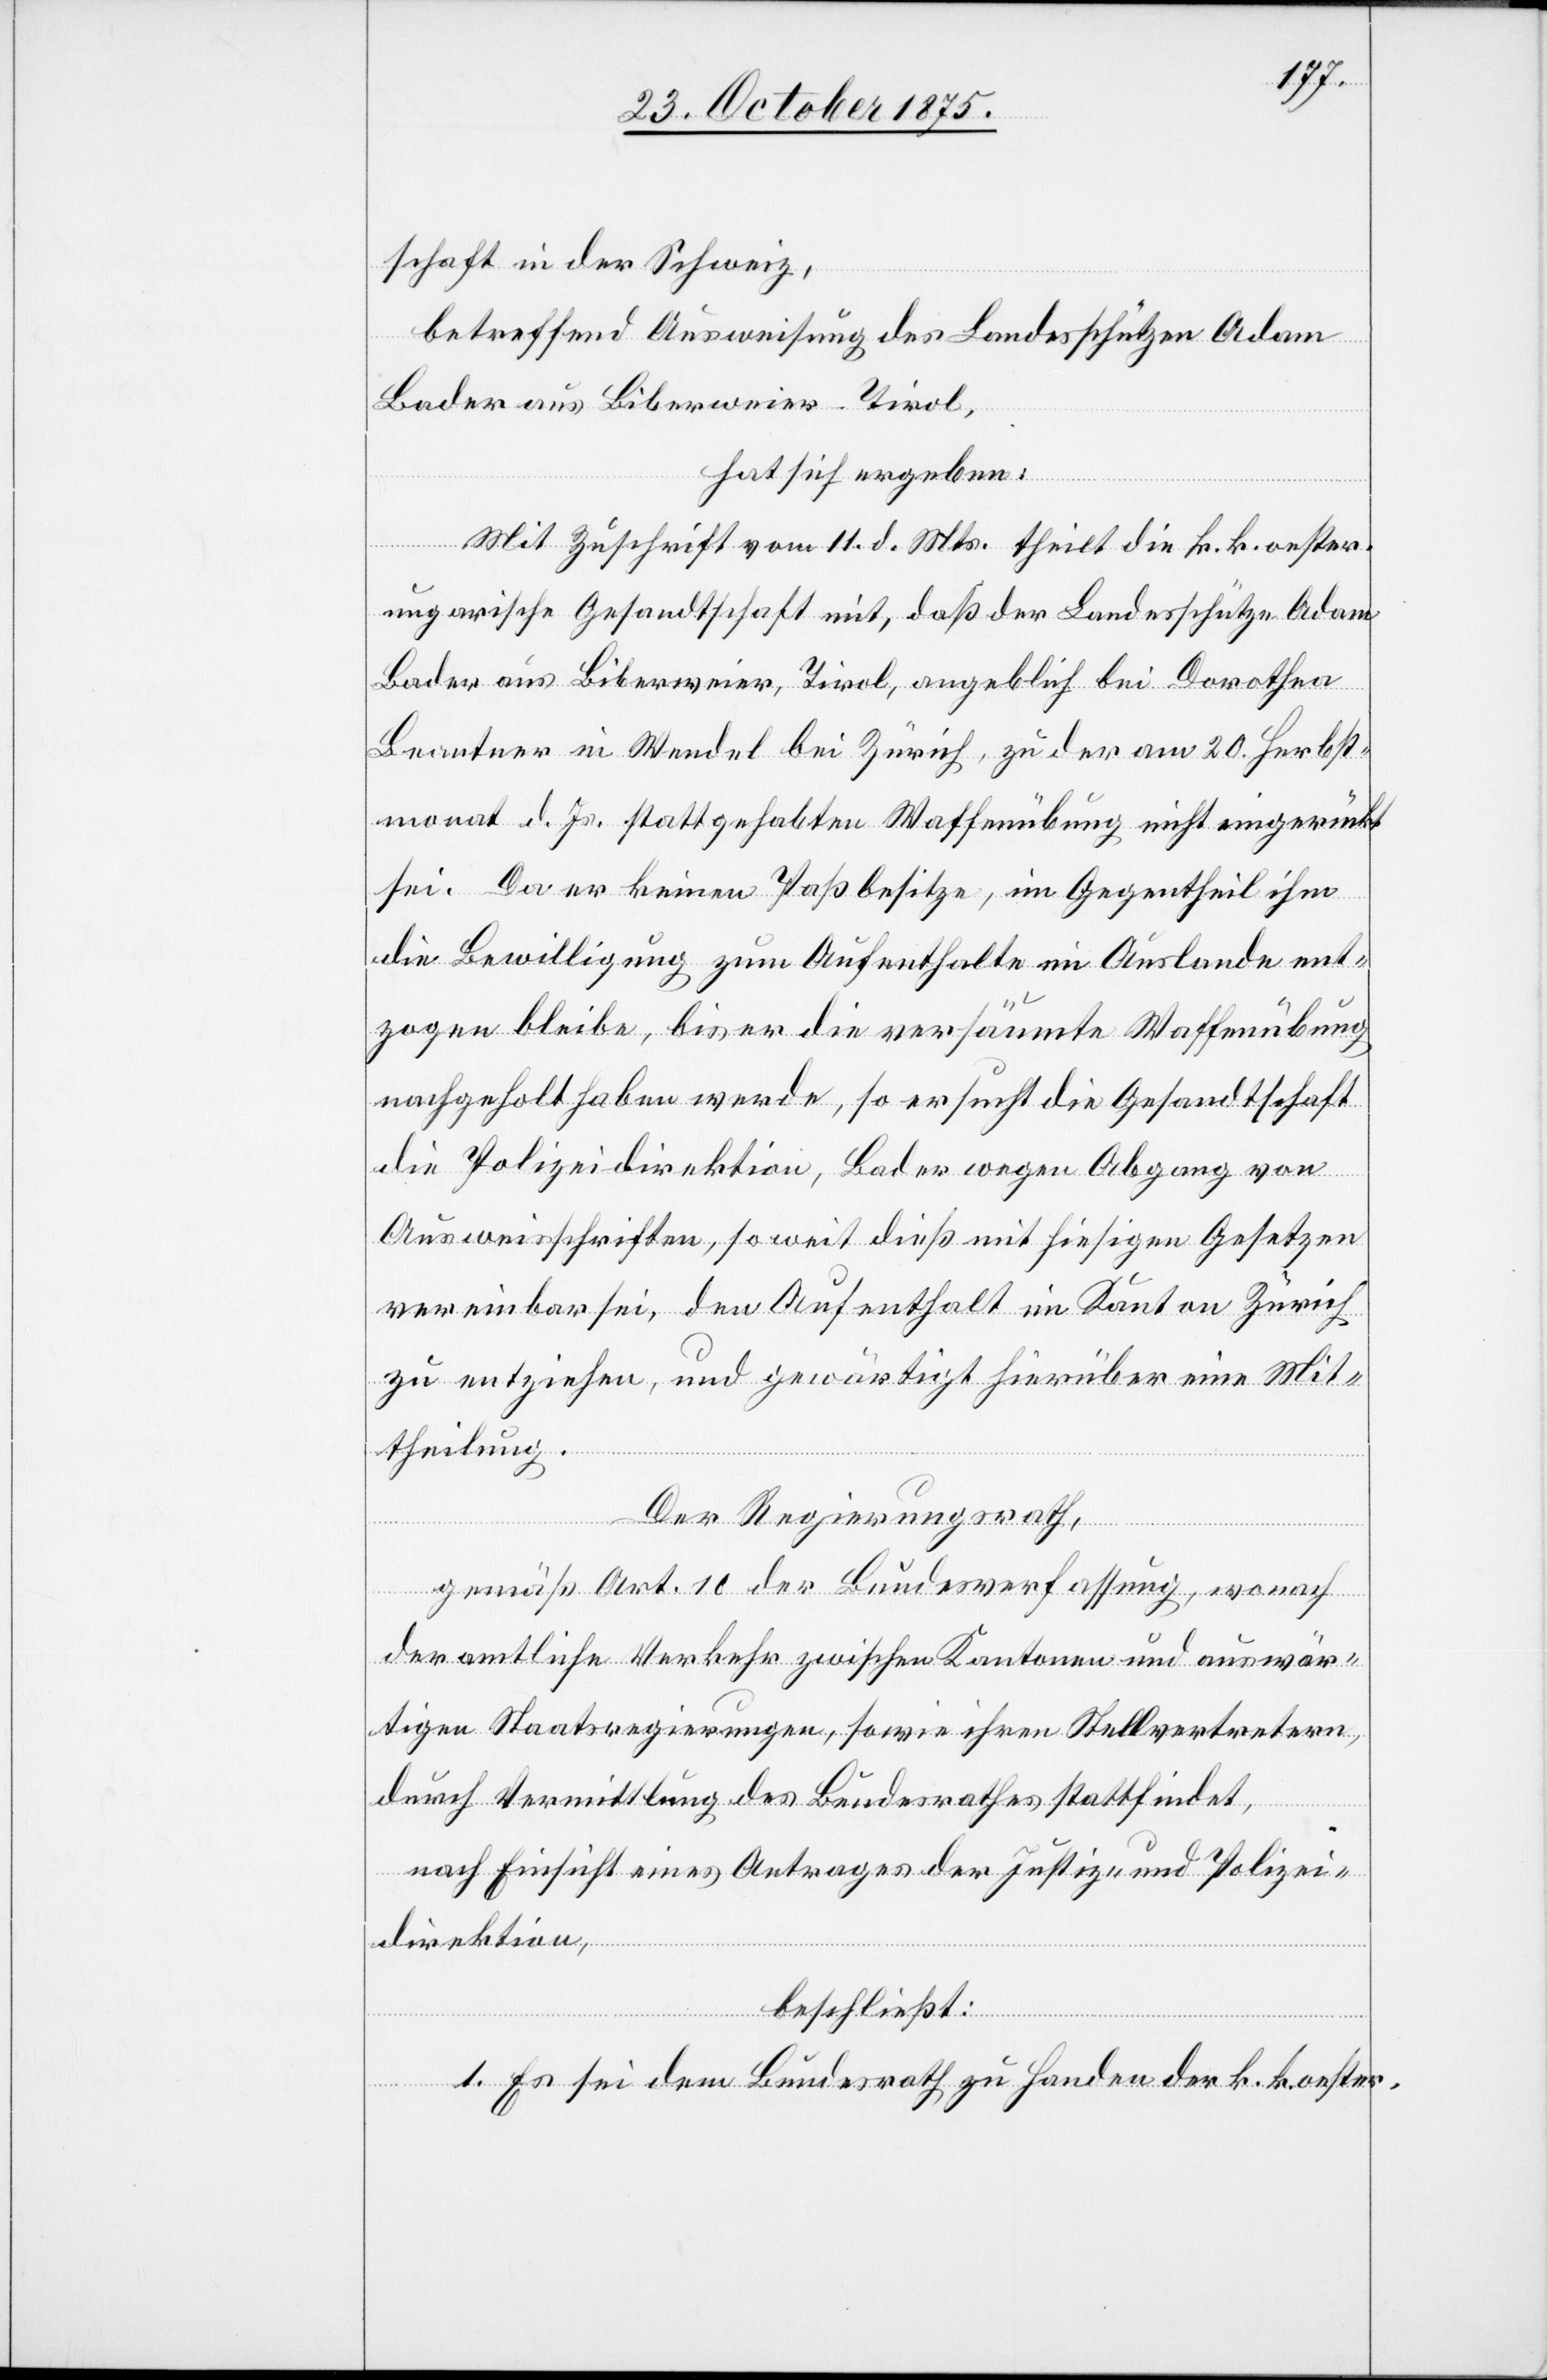
schaft in der Schweiz,
betreffend Ausweisung des Landesschützen Adam
Bader aus Biberweier - Tirol,
hat sich ergeben:
Mit Zuschrift vom 11. d. Mts. theilt die k. k. oeste¬
ngarische Gesandtschaft mit, daß der Landesschütze Adam
Bader aus Biberweier, Tirol, angeblich bei Dorothea
Beantner in Wendel bei Zürich, zu der am 20. Herbst¬
monat d. Js. stattgehabten Waffenübung nicht eingerückt
sei. Da er keinen Paß besitze, im Gegentheil ihm
die Bewilligung zum Aufenthalte im Auslande ent¬
zogen bleibe, bis er die versäumte Waffenübung
nachgeholt haben werde, so ersucht die Gesandtschaft
die Polizeidirektion, Bader wegen Abgang von
Ausweisschriften, so weit dieß mit hiesigen Gesetzen
vereinbar sei, den Aufenthalt im Kanton Zürich
zu entziehen, und gewärtigt hierüber eine Mit¬
theilung.
r.[-]u¬
Der Regierungsrath,
gemäß Art. 10 der Bundesverfassung, wonach
der amtliche Verkehr zwischen Kantonen und auswär¬
tigen Staatsregierungen, sowie ihren Stellvertretern,
durch Vermittlung des Bundesrathes stattfindet,
nach Einsicht eines Antrages der Justiz- und Polizei¬
direktion,
beschließt:
1. Es sei dem Bundesrath zu Handen der k. k. oester.[-]